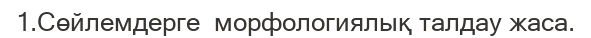
1.Сөйлемдерге  морфологиялық талдау жаса.